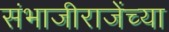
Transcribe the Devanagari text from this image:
संभाजीराजेंच्या